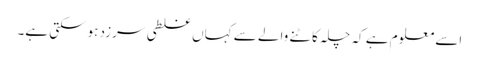
اسے معلوم ہے کہ چلہ کاٹنے والے سے کہاں غلطی سرزد ہوسکتی ہے۔